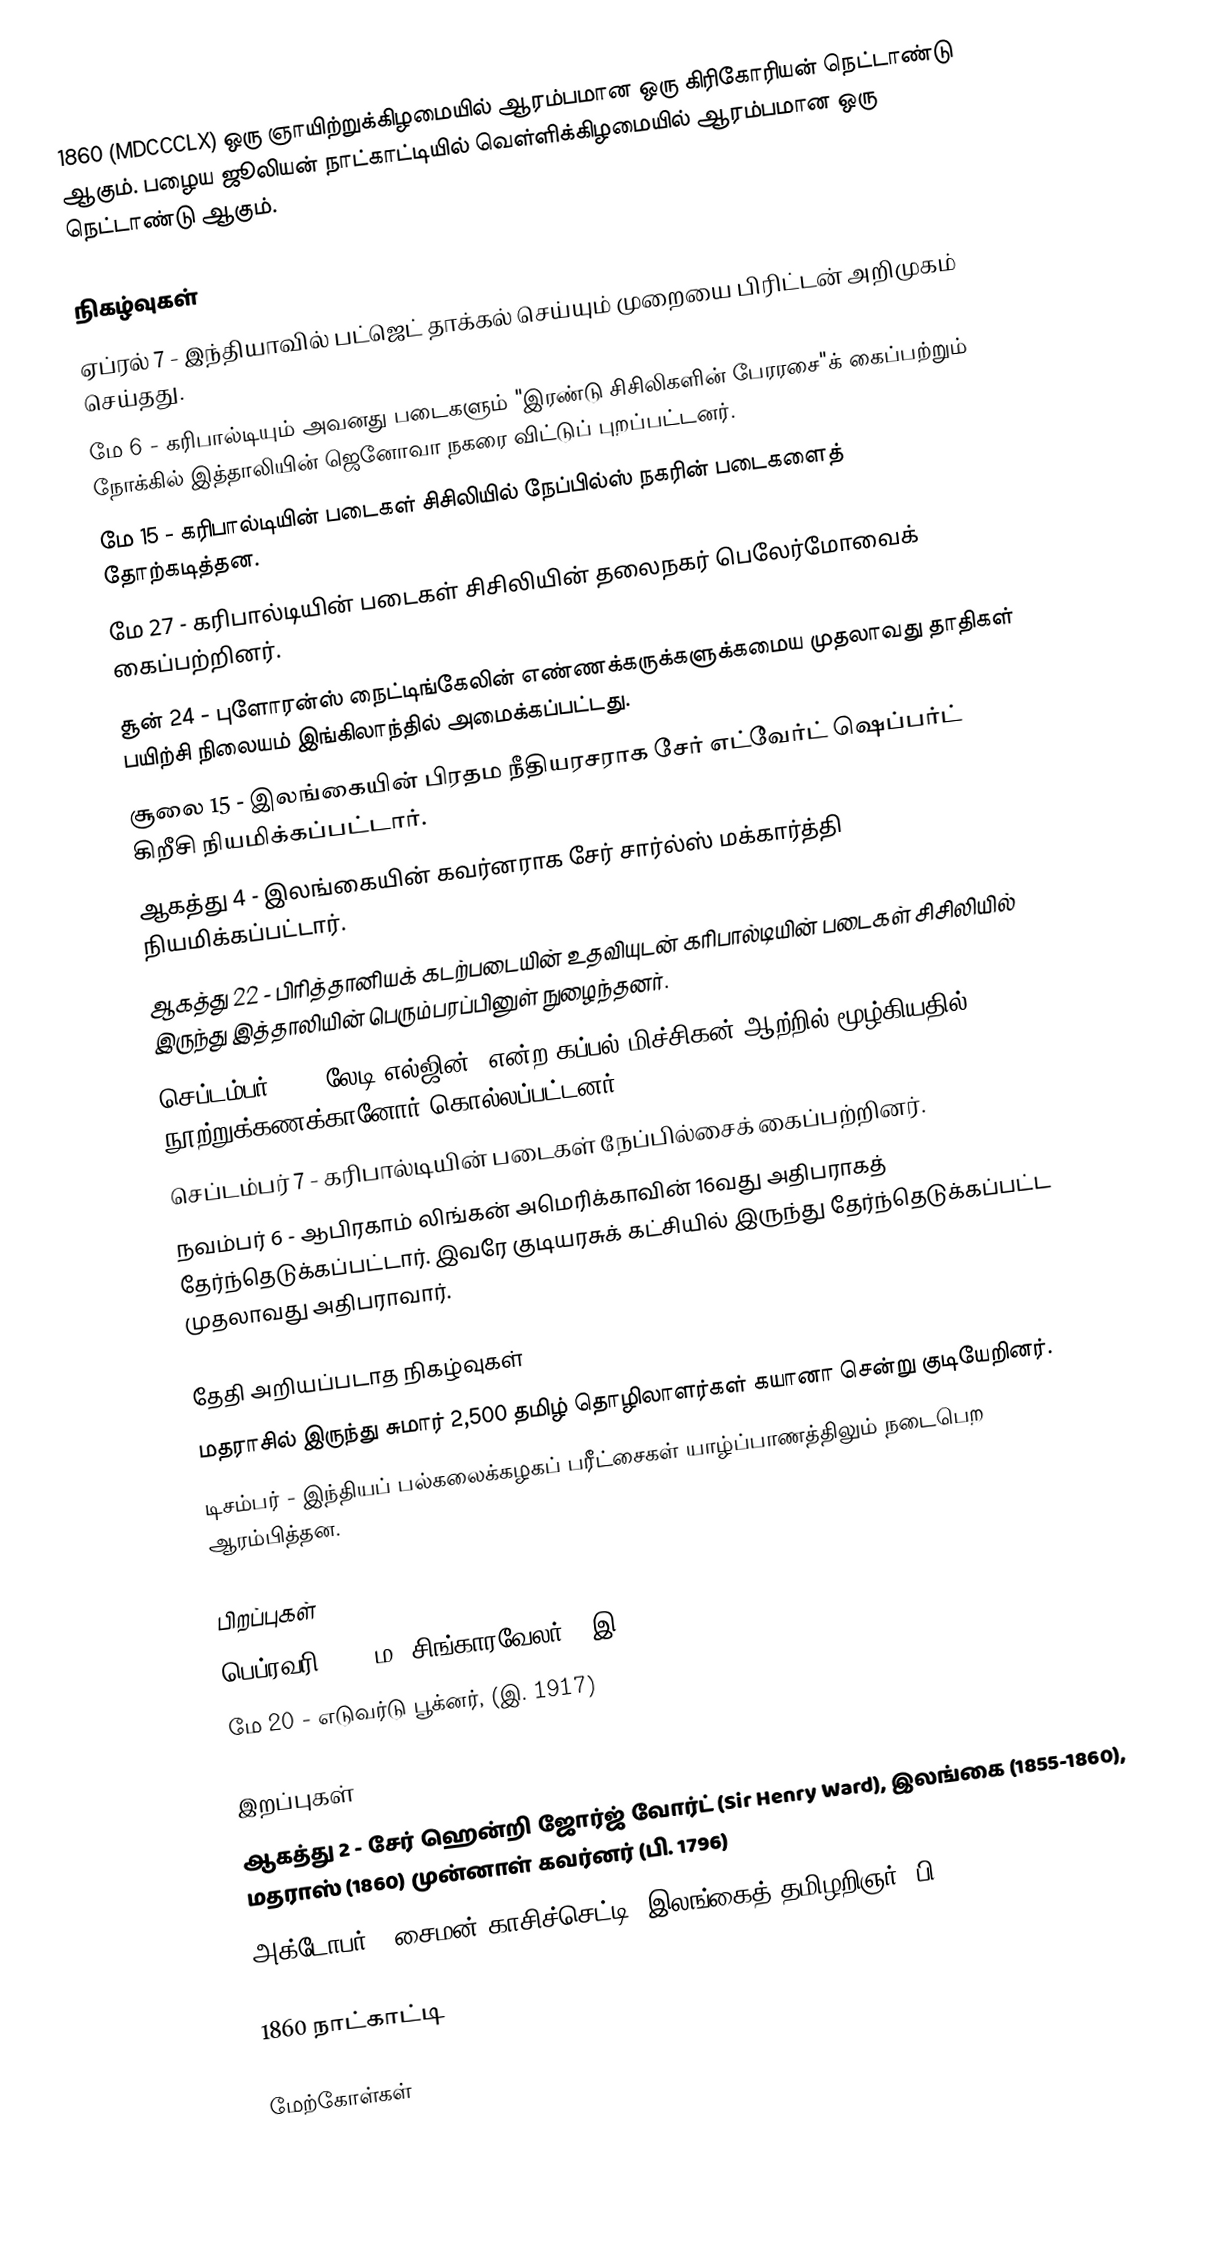
1860  (MDCCCLX) ஒரு ஞாயிற்றுக்கிழமையில் ஆரம்பமான ஒரு கிரிகோரியன் நெட்டாண்டு ஆகும். பழைய ஜூலியன் நாட்காட்டியில் வெள்ளிக்கிழமையில் ஆரம்பமான ஒரு நெட்டாண்டு ஆகும்.

நிகழ்வுகள்
 ஏப்ரல் 7 - இந்தியாவில் பட்ஜெட் தாக்கல் செய்யும் முறையை பிரிட்டன் அறிமுகம் செய்தது.
 மே 6 - கரிபால்டியும் அவனது படைகளும் "இரண்டு சிசிலிகளின் பேரரசை"க் கைப்பற்றும் நோக்கில் இத்தாலியின் ஜெனோவா நகரை விட்டுப் புறப்பட்டனர்.
 மே 15 - கரிபால்டியின் படைகள் சிசிலியில் நேப்பில்ஸ் நகரின் படைகளைத் தோற்கடித்தன.
 மே 27 - கரிபால்டியின் படைகள் சிசிலியின் தலைநகர் பெலேர்மோவைக் கைப்பற்றினர்.
 சூன் 24 - புளோரன்ஸ் நைட்டிங்கேலின் எண்ணக்கருக்களுக்கமைய முதலாவது தாதிகள் பயிற்சி நிலையம் இங்கிலாந்தில் அமைக்கப்பட்டது.
 சூலை 15 - இலங்கையின் பிரதம நீதியரசராக சேர் எட்வேர்ட் ஷெப்பர்ட் கிறீசி நியமிக்கப்பட்டார்.
 ஆகத்து 4 - இலங்கையின் கவர்னராக சேர் சார்ல்ஸ் மக்கார்த்தி நியமிக்கப்பட்டார்.
 ஆகத்து 22 - பிரித்தானியக் கடற்படையின் உதவியுடன் கரிபால்டியின் படைகள் சிசிலியில் இருந்து இத்தாலியின் பெரும்பரப்பினுள் நுழைந்தனர்.
 செப்டம்பர் 7 - "லேடி எல்ஜின்" என்ற கப்பல் மிச்சிகன் ஆற்றில் மூழ்கியதில் நூற்றுக்கணக்கானோர் கொல்லப்பட்டனர்.
 செப்டம்பர் 7 - கரிபால்டியின் படைகள் நேப்பில்சைக் கைப்பற்றினர்.
 நவம்பர் 6 - ஆபிரகாம் லிங்கன் அமெரிக்காவின் 16வது அதிபராகத் தேர்ந்தெடுக்கப்பட்டார். இவரே குடியரசுக் கட்சியில் இருந்து தேர்ந்தெடுக்கப்பட்ட முதலாவது அதிபராவார்.

தேதி அறியப்படாத நிகழ்வுகள்
 மதராசில் இருந்து சுமார் 2,500 தமிழ் தொழிலாளர்கள் கயானா சென்று குடியேறினர்.
 டிசம்பர் - இந்தியப் பல்கலைக்கழகப் பரீட்சைகள் யாழ்ப்பாணத்திலும் நடைபெற ஆரம்பித்தன.

பிறப்புகள்
 பெப்ரவரி 18 - ம. சிங்காரவேலர் ( இ. 1946)
 மே 20 - எடுவர்டு பூக்னர், (இ. 1917)

இறப்புகள்
 ஆகத்து 2 - சேர் ஹென்றி ஜோர்ஜ் வோர்ட் (Sir Henry Ward), இலங்கை (1855-1860), மதராஸ் (1860) முன்னாள் கவர்னர் (பி. 1796)
 அக்டோபர் - சைமன் காசிச்செட்டி, இலங்கைத் தமிழறிஞர் (பி. 1807)

1860 நாட்காட்டி

மேற்கோள்கள்

1860